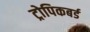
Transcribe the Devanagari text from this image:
ट्रोपिकबर्ड